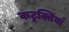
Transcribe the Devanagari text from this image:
कटूक्तियाँ